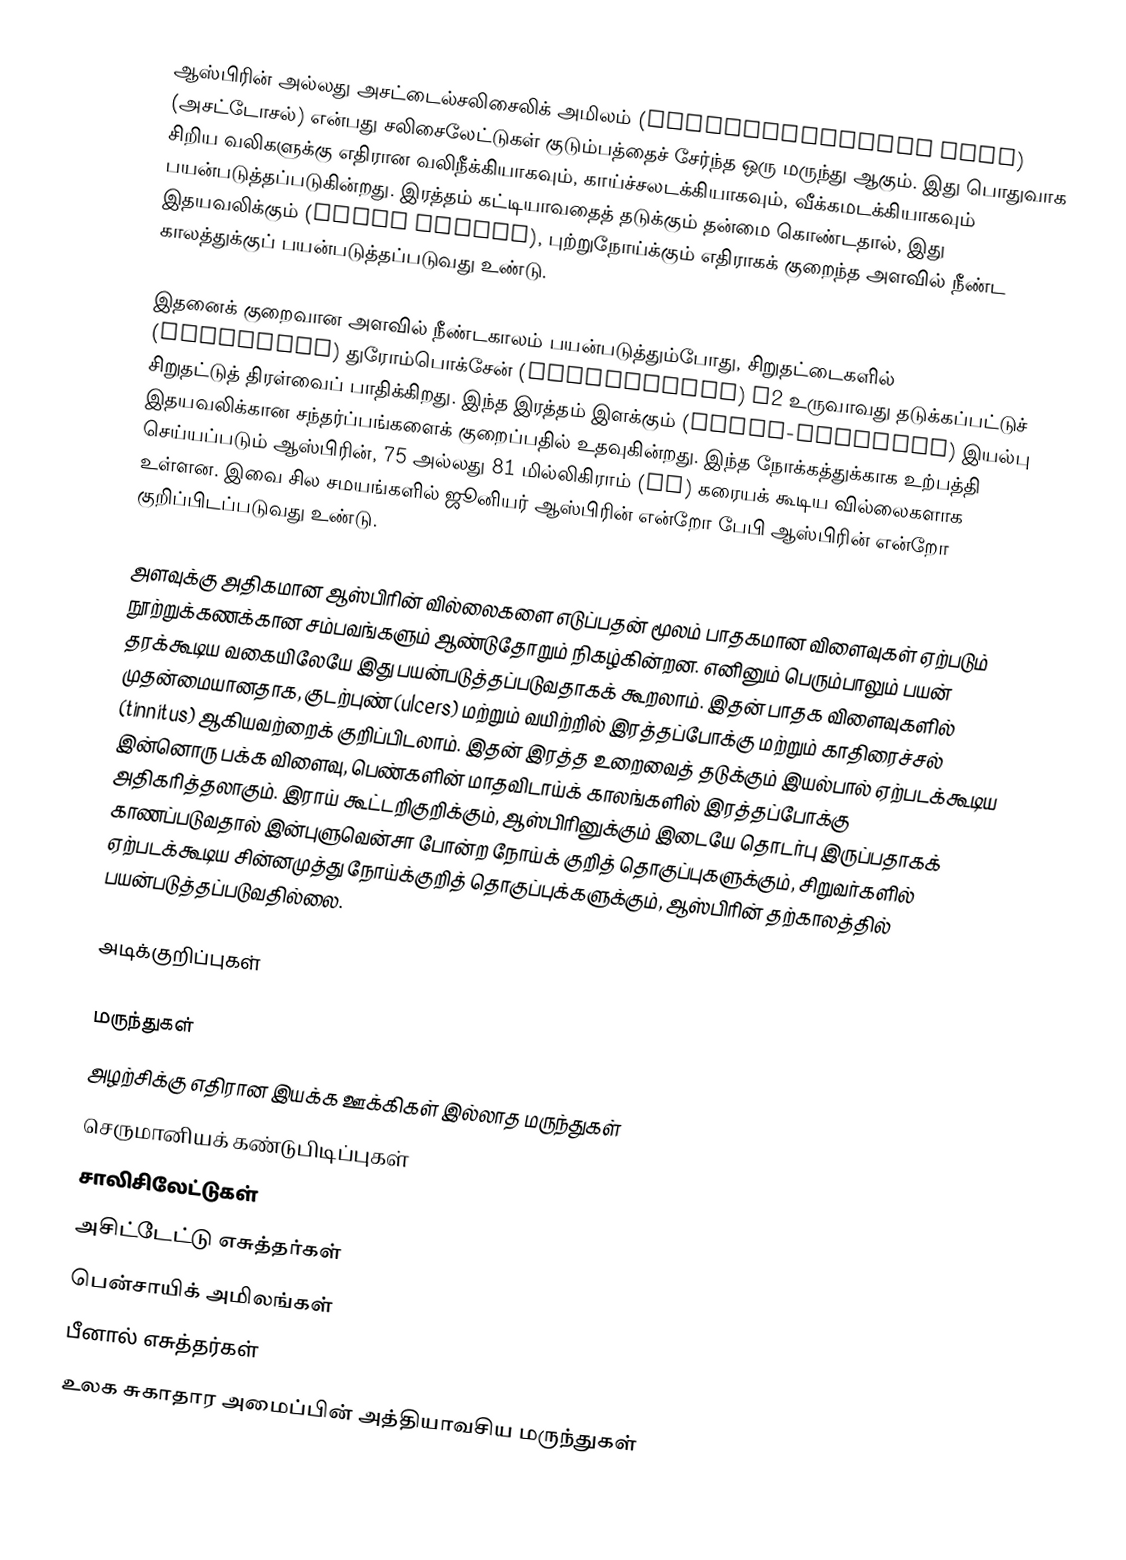
ஆஸ்பிரின் அல்லது அசட்டைல்சலிசைலிக் அமிலம் (acetylsalicylic acid) (அசட்டோசல்) என்பது சலிசைலேட்டுகள் குடும்பத்தைச் சேர்ந்த ஒரு மருந்து ஆகும். இது பொதுவாக சிறிய வலிகளுக்கு எதிரான வலிநீக்கியாகவும், காய்ச்சலடக்கியாகவும், வீக்கமடக்கியாகவும் பயன்படுத்தப்படுகின்றது. இரத்தம் கட்டியாவதைத் தடுக்கும் தன்மை கொண்டதால், இது இதயவலிக்கும் (heart attack), புற்றுநோய்க்கும் எதிராகக் குறைந்த அளவில் நீண்ட காலத்துக்குப் பயன்படுத்தப்படுவது உண்டு.

இதனைக் குறைவான அளவில் நீண்டகாலம் பயன்படுத்தும்போது, சிறுதட்டைகளில் (platelets) துரோம்பொக்சேன் (thromboxane) A2 உருவாவது தடுக்கப்பட்டுச் சிறுதட்டுத் திரள்வைப் பாதிக்கிறது. இந்த இரத்தம் இளக்கும் (blood-thinning) இயல்பு இதயவலிக்கான சந்தர்ப்பங்களைக் குறைப்பதில் உதவுகின்றது. இந்த நோக்கத்துக்காக உற்பத்தி செய்யப்படும் ஆஸ்பிரின், 75 அல்லது 81 மில்லிகிராம் (mg) கரையக் கூடிய வில்லைகளாக உள்ளன. இவை சில சமயங்களில் ஜூனியர் ஆஸ்பிரின் என்றோ பேபி ஆஸ்பிரின் என்றோ குறிப்பிடப்படுவது உண்டு.

அளவுக்கு அதிகமான ஆஸ்பிரின் வில்லைகளை எடுப்பதன் மூலம் பாதகமான விளைவுகள் ஏற்படும் நூற்றுக்கணக்கான சம்பவங்களும் ஆண்டுதோறும் நிகழ்கின்றன. எனினும் பெரும்பாலும் பயன் தரக்கூடிய வகையிலேயே இது பயன்படுத்தப்படுவதாகக் கூறலாம். இதன் பாதக விளைவுகளில் முதன்மையானதாக, குடற்புண் (ulcers) மற்றும் வயிற்றில் இரத்தப்போக்கு மற்றும் காதிரைச்சல் (tinnitus) ஆகியவற்றைக் குறிப்பிடலாம். இதன் இரத்த உறைவைத் தடுக்கும் இயல்பால் ஏற்படக்கூடிய இன்னொரு பக்க விளைவு, பெண்களின் மாதவிடாய்க் காலங்களில் இரத்தப்போக்கு அதிகரித்தலாகும். இராய் கூட்டறிகுறிக்கும், ஆஸ்பிரினுக்கும் இடையே தொடர்பு இருப்பதாகக் காணப்படுவதால் இன்புளுவென்சா போன்ற நோய்க் குறித் தொகுப்புகளுக்கும், சிறுவர்களில் ஏற்படக்கூடிய சின்னமுத்து நோய்க்குறித் தொகுப்புக்களுக்கும், ஆஸ்பிரின் தற்காலத்தில் பயன்படுத்தப்படுவதில்லை.

அடிக்குறிப்புகள்

மருந்துகள்
அழற்சிக்கு எதிரான இயக்க ஊக்கிகள் இல்லாத மருந்துகள்
செருமானியக் கண்டுபிடிப்புகள்
சாலிசிலேட்டுகள்
அசிட்டேட்டு எசுத்தர்கள்
பென்சாயிக் அமிலங்கள்
பீனால் எசுத்தர்கள்
உலக சுகாதார அமைப்பின் அத்தியாவசிய மருந்துகள்